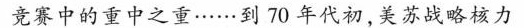
竞赛中的重中之重……到70年代初，美苏战略核力